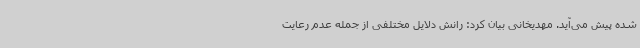
شده پیش می‌آید. مهدیخانی بیان کرد: رانش دلایل مختلفی از جمله عدم رعایت